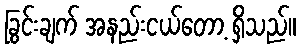
ခြွင်းချက် အနည်းငယ်တော့ ရှိသည်။